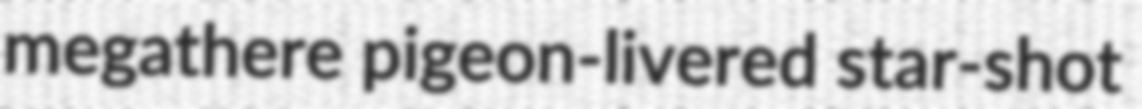
megathere pigeon-livered star-shot